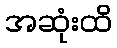
အဆုံးထိ